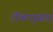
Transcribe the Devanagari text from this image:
टीकानुसार